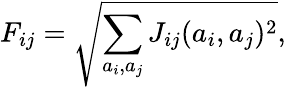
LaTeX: F_{ij}=\sqrt{\sum_{a_{i},a_{j}}J_{ij}(a_{i},a_{j})^{2}},